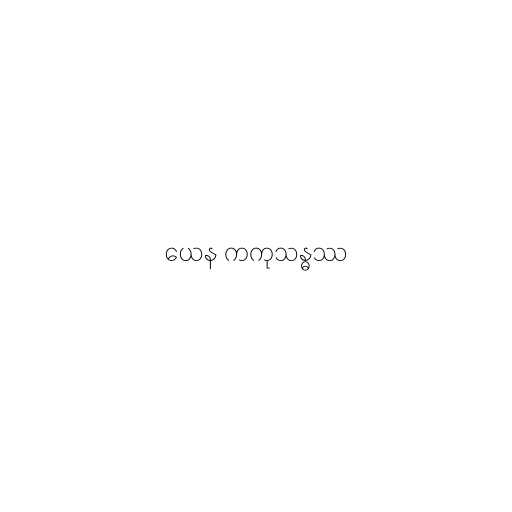
ယေန ကကုသန္ဓဿ